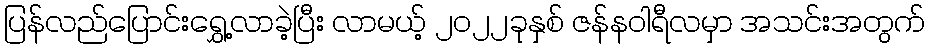
ပြန်လည်ပြောင်းရွှေ့လာခဲ့ပြီး လာမယ့် ၂၀၂၂ခုနှစ် ဇန်နဝါရီလမှာ အသင်းအတွက်